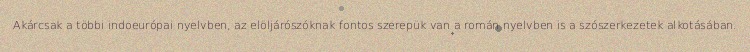
Akárcsak a többi indoeurópai nyelvben, az elöljárószóknak fontos szerepük van a román nyelvben is a szószerkezetek alkotásában.